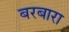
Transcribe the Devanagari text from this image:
बरबारा